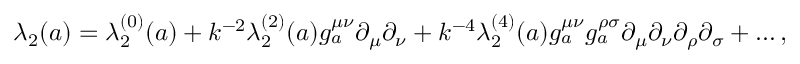
\lambda _ { 2 } ( a ) = \lambda _ { 2 } ^ { ( 0 ) } ( a ) + k ^ { - 2 } \lambda _ { 2 } ^ { ( 2 ) } ( a ) g _ { a } ^ { \mu \nu } \partial _ { \mu } \partial _ { \nu } + k ^ { - 4 } \lambda _ { 2 } ^ { ( 4 ) } ( a ) g _ { a } ^ { \mu \nu } g _ { a } ^ { \rho \sigma } \partial _ { \mu } \partial _ { \nu } \partial _ { \rho } \partial _ { \sigma } + \ldots ,